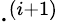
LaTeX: \cdot^{(i+1)}